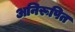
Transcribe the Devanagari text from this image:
अनिरूपित